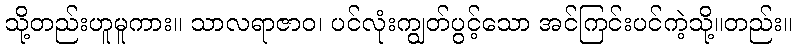
သို့တည်းဟူမူကား။ သာလရာဇာဝ၊ ပင်လုံးကျွတ်ပွင့်သော အင်ကြင်းပင်ကဲ့သို့။တည်း။